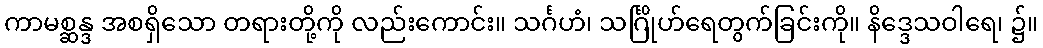
ကာမစ္ဆန္ဒ အစရှိသော တရားတို့ကို လည်းကောင်း။ သင်္ဂဟံ၊ သင်္ဂြိုဟ်ရေတွက်ခြင်းကို။ နိဒ္ဒေသဝါရေ၊ ၌။